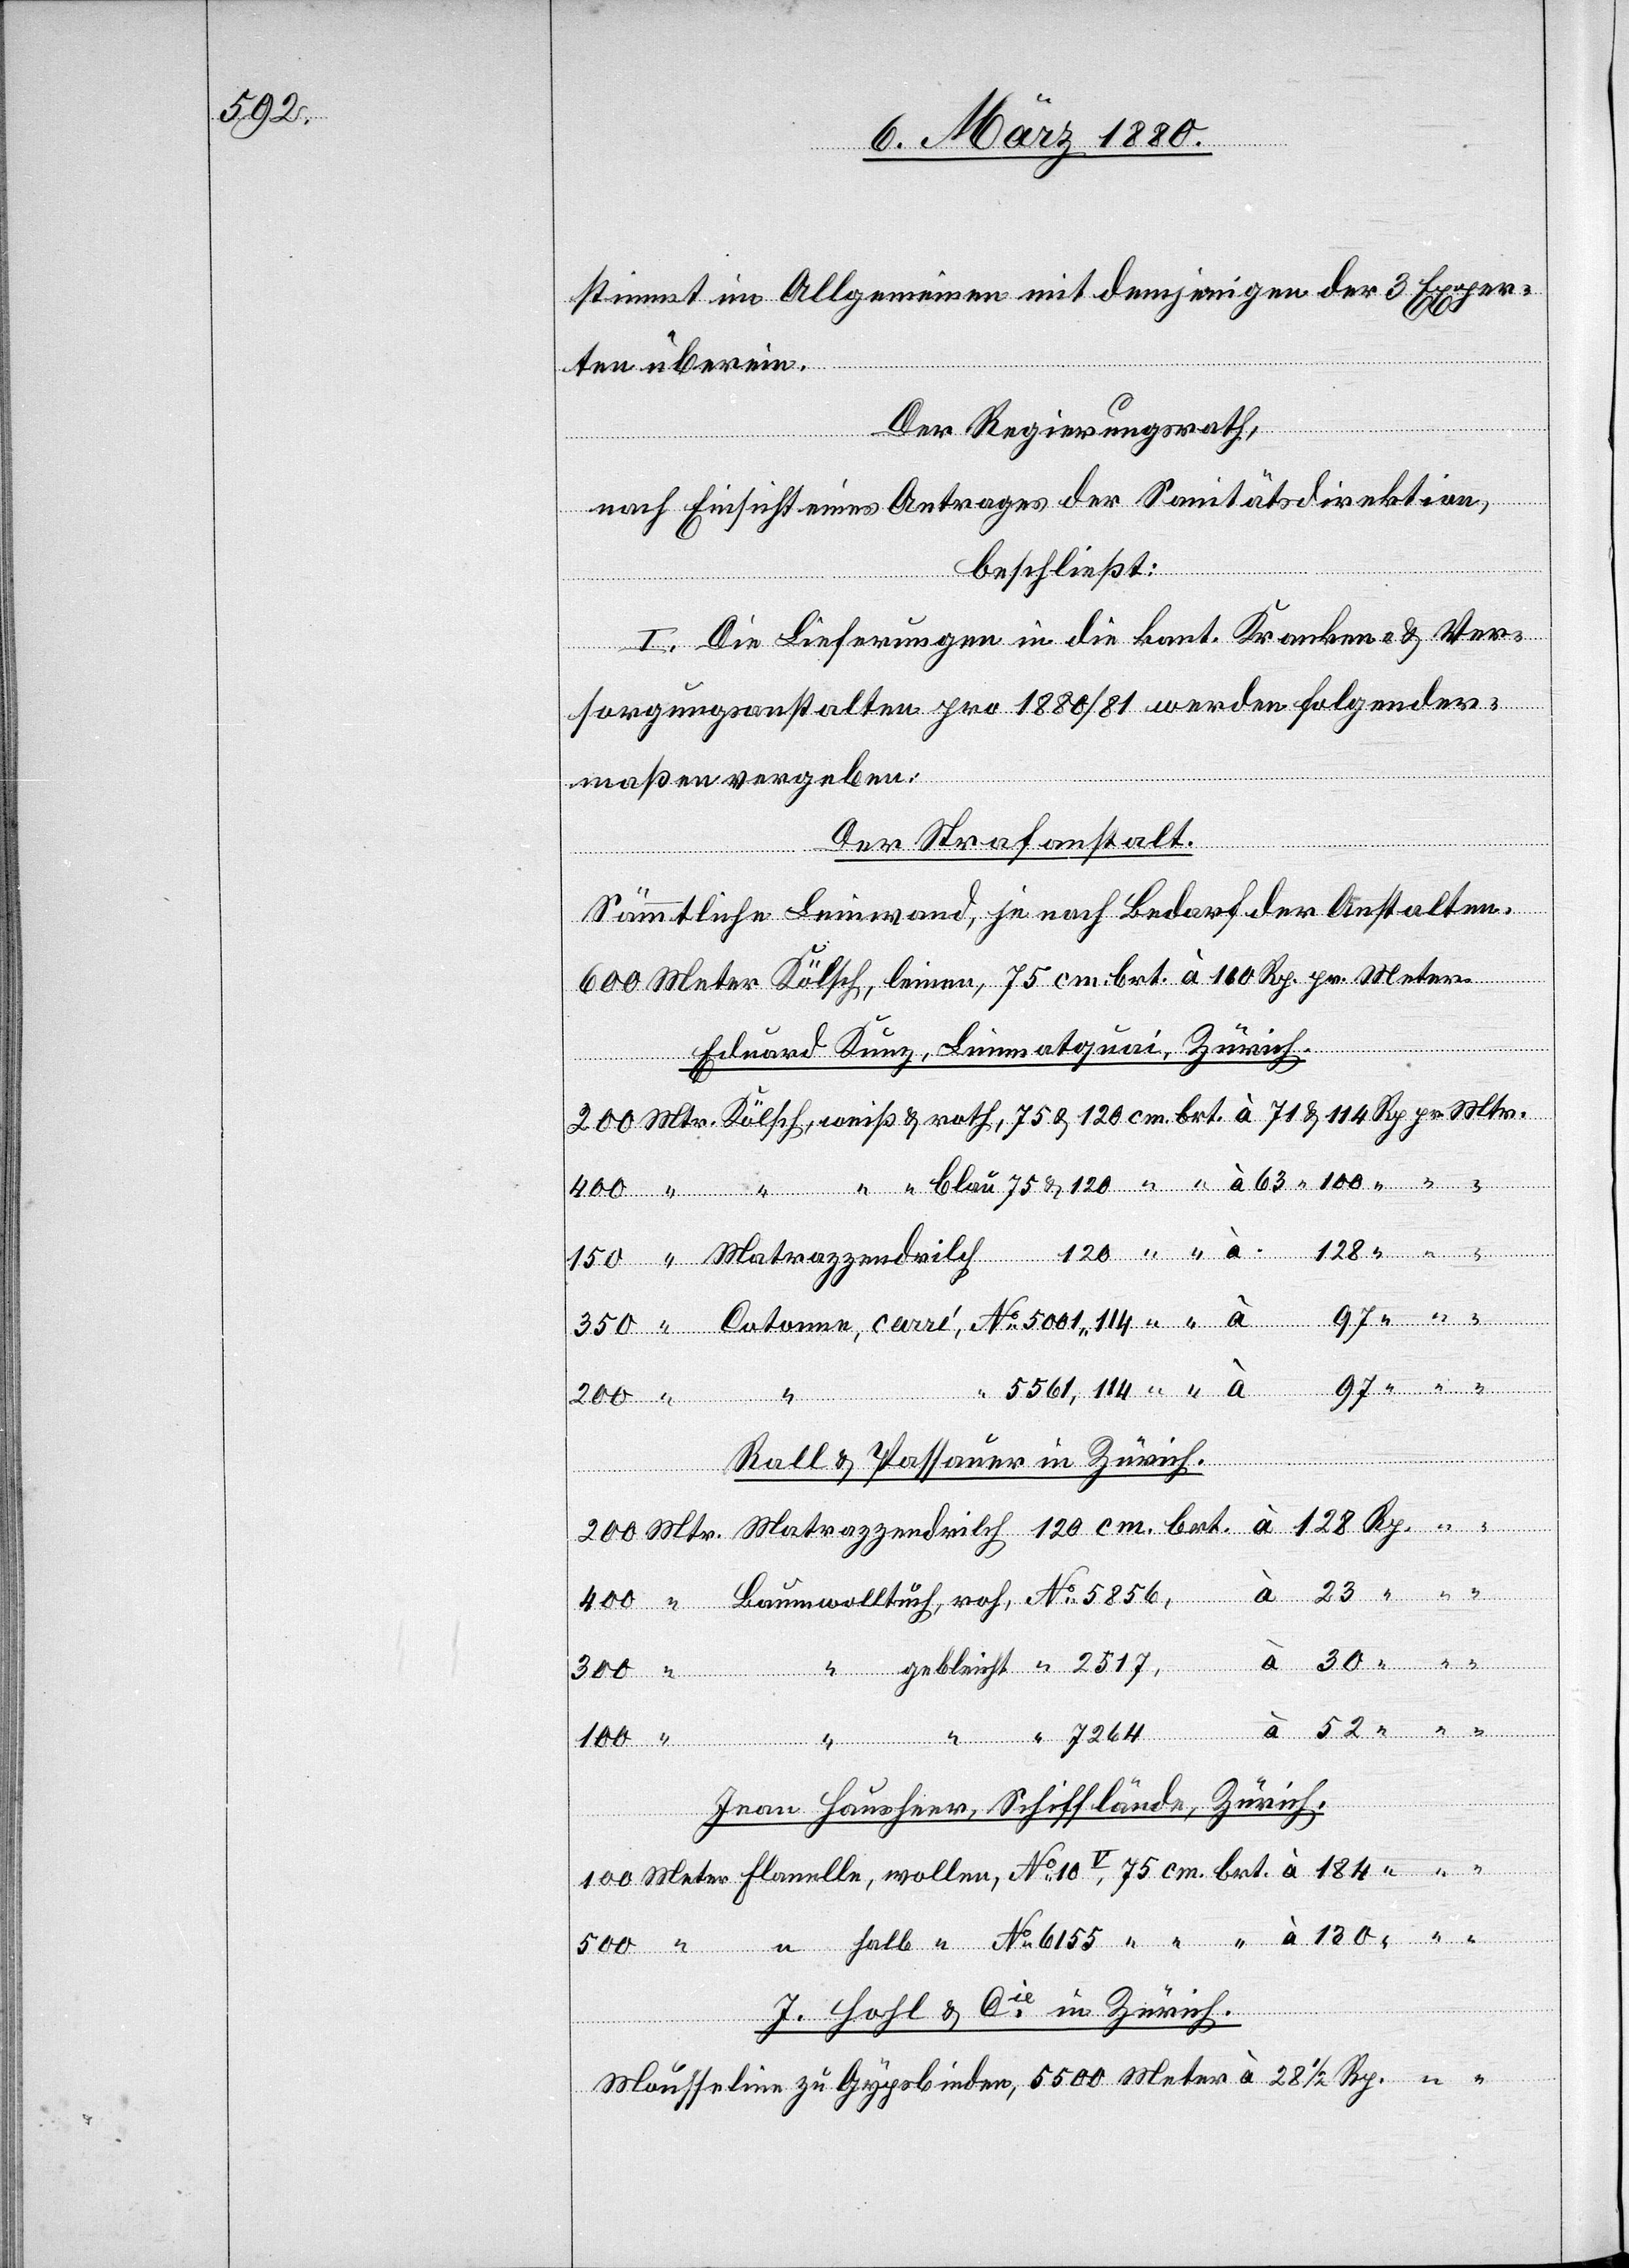
5856,

stimmt im Allgemeinen mit demjenigen der 3 Exper¬
ten überein.
Der Regierungsrath,
nach Einsicht eines Antrages der Sanitätsdirektion,
beschließt:
I. Die Lieferungen in die kant. Kranken- & Ver¬
sorgungsanstalten pro 1880/81 werden folgender¬
maßen vergeben:
Der Strafanstalt.
Sämmtliche Leinwand, je nach Bedarf der Anstalten.
600 Meter Kölsch, leinen, 75 cm brt. à 160 Rp. pr. Meter.
Eduard Kunz, Limmatquai, Zürich.
No
Rall & Passauer in Zürich.
130
wollen
Flanel¬
Jean Hausheer, Schifflände, Zürich.
J. Hogl & Cie in Zürich.
Mousselin zu Gypsbinden, 5500 Meter à 28 1/2 Rp.